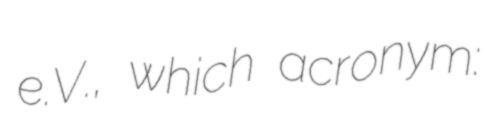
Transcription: e.V., which acronym: